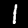
Label: 1